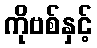
ကိုဗစ်နှင့်